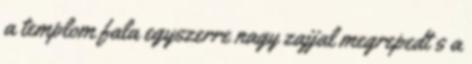
a templom fala egyszerre nagy zajjal megrepedt s a